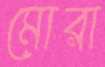
মোরা